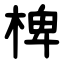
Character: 椑